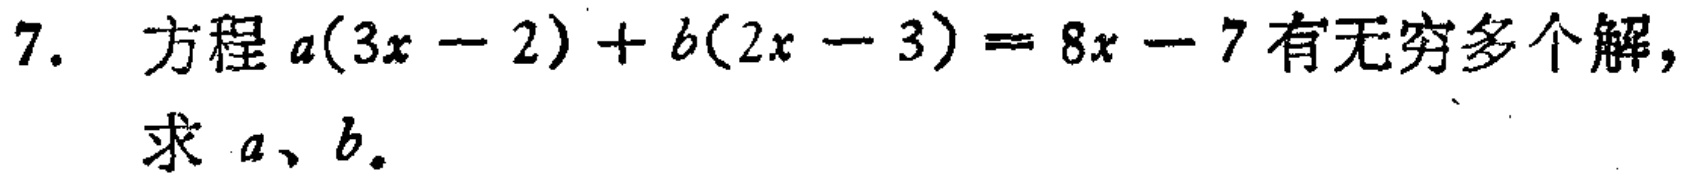
7. 方程\(a(3x - 2)+b(2x - 3)=8x - 7\)有无穷多个解，求 \(a、b\)。